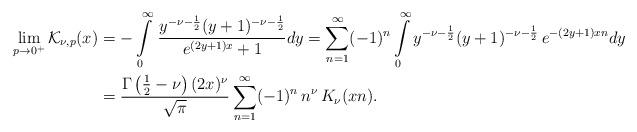
LaTeX: \begin{align*}\lim_{p\rightarrow0^{+}}\mathcal{K}_{\nu,p}(x) & =-\intop_{0}^{\infty}\,\frac{y^{-\nu-\frac{1}{2}}(y+1)^{-\nu-\frac{1}{2}}}{e^{(2y+1)x}+1}dy=\sum_{n=1}^{\infty}(-1)^{n}\intop_{0}^{\infty}y^{-\nu-\frac{1}{2}}(y+1)^{-\nu-\frac{1}{2}}\,e^{-(2y+1)xn}dy\\ & =\frac{\Gamma\left(\frac{1}{2}-\nu\right)(2x)^{\nu}}{\sqrt{\pi}}\sum_{n=1}^{\infty}(-1)^{n}\,n^{\nu}\,K_{\nu}(xn).\end{align*}